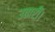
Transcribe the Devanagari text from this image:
उतारीं।